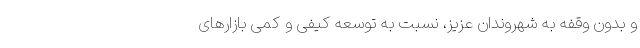
و بدون ‌وقفه به شهروندان عزیز، نسبت ‌به توسعه کیفی و کمّی بازارهای